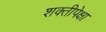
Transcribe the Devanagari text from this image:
शक्तीपेक्षा